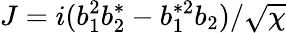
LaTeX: J=i(b_{1}^{2}b_{2}^{*}-b_{1}^{*2}b_{2})/\sqrt{\chi}